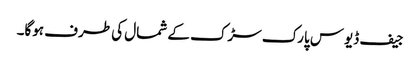
جیف ڈیوس پارک سڑک کے شمال کی طرف ہوگا۔